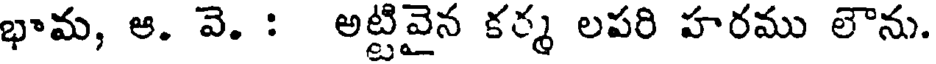
భామ, ఆ. వె. : అట్టివైన కర్మ లపరి హరము లౌను.